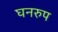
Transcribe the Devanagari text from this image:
घनरुप